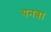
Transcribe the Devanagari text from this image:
यनवा